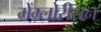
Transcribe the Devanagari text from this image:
मेंग्लोरीयन